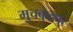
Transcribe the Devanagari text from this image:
मुचकुंदपुर